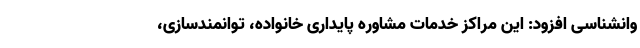
وانشناسی افزود: این مراکز خدمات مشاوره پایداری خانواده، توانمندسازی،